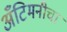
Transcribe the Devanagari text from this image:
अँटिमनीचा